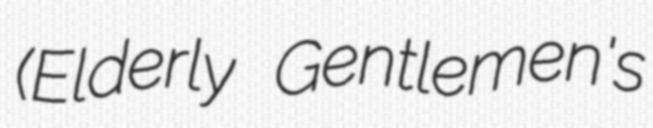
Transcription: (Elderly Gentlemen's